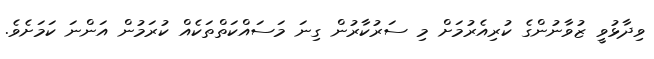
ވިދާޅުވީ ޒުވާނުންގެ ކުރިއެރުމަށް މި ސަރުކާރުން ގިނަ މަސައްކަތްތަކެއް ކުރަމުން އަންނަ ކަމަށެވެ.